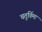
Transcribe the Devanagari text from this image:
चतुर्विमा